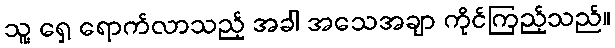
သူ့ ရှေ့ ရောက်လာသည့် အခါ အသေအချာ ကိုင်ကြည့်သည်။